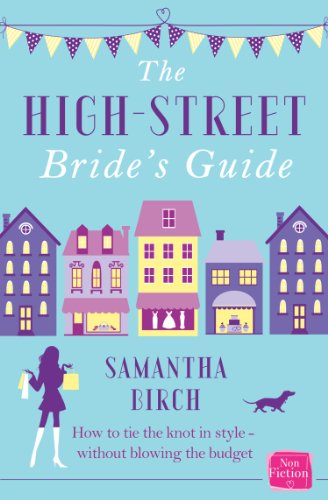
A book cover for The High-Street Bride's Guide: How to Plan Your Perfect Wedding On A Budget; Samantha Birch; Crafts, Hobbies & Home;